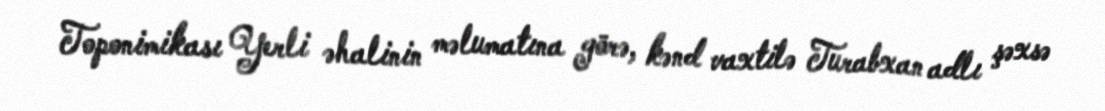
Toponimikası Yerli əhalinin məlumatına görə, kənd vaxtilə Turabxan adlı şəxsə